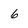
Character: 6